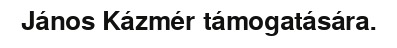
János Kázmér támogatására.